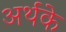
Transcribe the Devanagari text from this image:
अर्थके